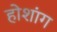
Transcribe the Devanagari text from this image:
होशांग